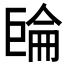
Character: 𢀧